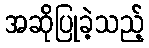
အဆိုပြုခဲ့သည့်